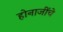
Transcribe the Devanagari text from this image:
होनाजींचे